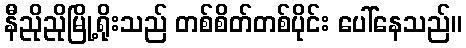
နီညိုညိုမြို့ရိုးသည် တစ်စိတ်တစ်ပိုင်း ပေါ်နေသည်။